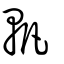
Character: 軓